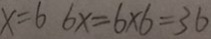
x = 6 6 x = 6 \times 6 = 3 6